Calcutta medical institutions reports 1879-81 [i.e.91]
Year: 1879
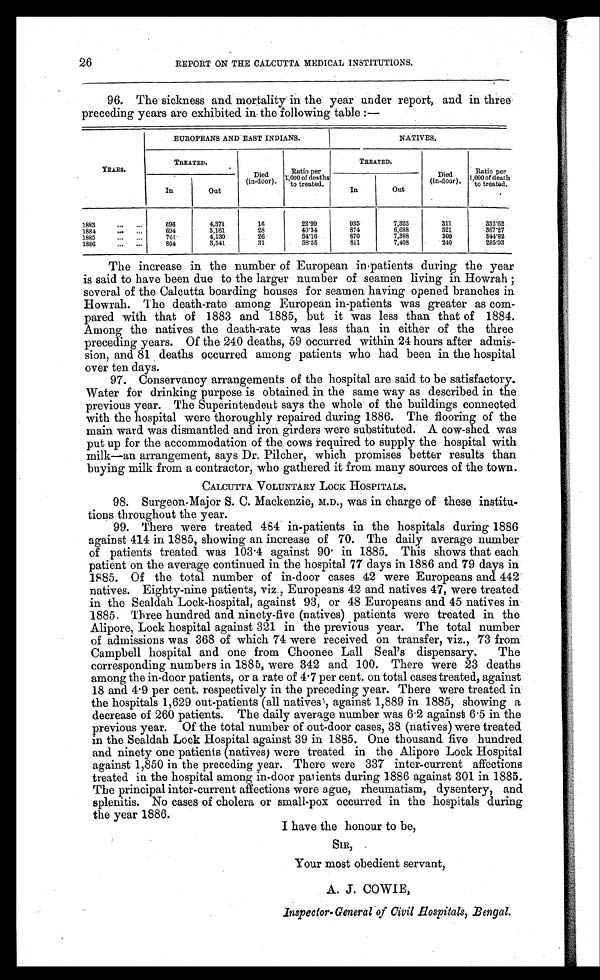
26
REPORT ON THE CALCUTTA MEDICAL INSTITUTIONS.
96. The sickness and mortality in the year under report, and in three
preceding years are exhibited in the following table :—
YEARS.
EUROPEANS AND EAST INDIANS.
NATIVES.
TREATED .
Died
(in-door).
Ratio per
1,000 of deaths
to treated.
TREATED.
Died
(in do
or).
Ratio per
1,000 o
f d e a t h
t o t r e a t e d .
In
Out
In
Out
1883
...
...
696
4,371
16
22.99
935
7,325
311
332.62
1884
694
3,161
28
40.34
874
6,688
321
367.27
1885
761
4,130
26
34.16
870
7,388
300
344.82
1 8 8 6
. . .
. . .
804
3,541
31
38.55
811
7,408
240
295.93
The increase in the number of European in patients during the year
is said to have been due to the larger number of seamen living in Howrah
; s e v e r a l o f t h e C a l c u t t a b o a r d i n g h o u s e s f o r s e a m e n h a v i n g o p e n e d b r a n c h e s i n
Howrah. The death-rate among European in-patients was greater as com-
pared with that of 1883 and 1885, but it was less than that of 1884.
Among the natives the death-rate was less than in either of the three
preceding years. Of the 240 deaths, 59 occurred within 24 hours after admis-
sion, and 81 deaths occurred among patients who had been in the hospital
over ten days.
97. Conservancy arrangements of the hospital are said to be satisfactory.
Water for drinking purpose is obtained in the same way as described in the
previous year. The Superintendent says the whole of the buildings connected
with the hospital were thoroughly repaired during 1886. The flooring of the
main ward was dismantled and iron girders were substituted. A cow-shed was
put up for the accommodation of the cows
required to supply the hospital with
milk—an arrangement, says Dr. Pilcher, which promises better results than
buying milk from a contractor, who gathered it from many sources of the town.
CALCUTTA. VOLUNTARY LOCK HOSPITALS.
98. Surgeon-Major S. C. Mackenzie, M.D., was in charge of these institu-
tions throughout the year.
99. There were treated 484 in-patients in the hospitals during 1886
against 414 in 1885, showing an increase of 70. The daily average number
of patients treated was 103.4 against 90. in 1885. This shows that each
patient on the average continued in the hospital 77 days in 1886 and 79 days in
1885. Of the total number of in-door cases 42 were Europeans and 442
natives. Eighty-nine patients, viz., Europeans 42 and natives 47, were treated
in the Sealdah Lock-hospital, against 93, or 48 Europeans and 45 natives in
1885: Three hundred and ninety-five (natives) patients were treated in the
Alipore, Lock hospital against 321 in the previous year. The total number
of admissions was 368 of which 74 were received on transfer, viz., 73 from
Campbell hospital and one from Choonee L all Seal's dispensary. The
corresponding numbers in 1885, were 342 and 100. There were 23 deaths
among the in-door patients, or a rate of 4.7 per cent. on total cases treated, against
18 and 4.9 per cent. respectively in the preceding year. There were treated in
the hospitals 1,629 out-patients (all natives, against 1,889 in 1885, showing a
decrease of 260 patients. The daily average number was 6.2 against 6.5 in the
previous year. Of the total number of out-door cases, 38 (natives) were treated
in the Sealdah Lock Hospital against 39 in 1885. One thousand five hundred
and ninety one patients (natives) were treated in the Alipore Lock Hospital
against 1,850 in the preceding year. There were 337 inter-current affections
treated in the hospital among in-door patients during 1886 against 301 in 1885.
The principal inter-current affections were ague, rheumatism, dysentery, and
splenitis. No cases of cholera or small-pox occurred in the hospitals during
the year 1886.
I have the honour to be,
SIR,
Your most obedient servant,
A. J. COWIE,
Inspector-General of Civil Hospitals, Bengal.